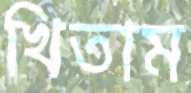
খিতাম